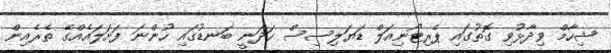
ޝިހާމް ވިދާޅުވި ގޮތުގައި ޕެރިޓޯނިއަލް ޑަޔަލިސިސް ހަދަނީ ބަނޑުގައި ހުންނަ ފަށަލައެއްގެ ތެރެއިން